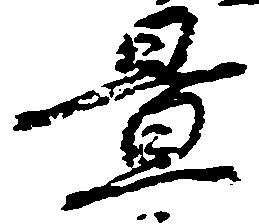
置